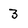
Character: 3